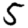
Digit: 5